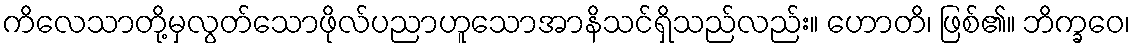
ကိလေသာတို့မှလွတ်သောဖိုလ်ပညာဟူသောအာနိသင်ရှိသည်လည်း။ ဟောတိ၊ ဖြစ်၏။ ဘိက္ခဝေ၊